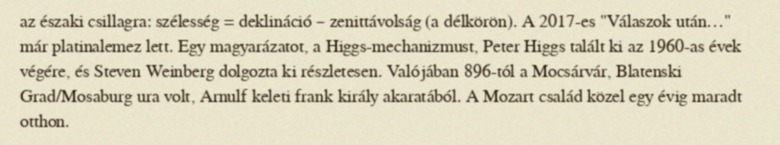
az északi csillagra: szélesség = deklináció – zenittávolság (a délkörön). A 2017-es "Válaszok után…" már platinalemez lett. Egy magyarázatot, a Higgs-mechanizmust, Peter Higgs talált ki az 1960-as évek végére, és Steven Weinberg dolgozta ki részletesen. Valójában 896-tól a Mocsárvár, Blatenski Grad/Mosaburg ura volt, Arnulf keleti frank király akaratából. A Mozart család közel egy évig maradt otthon.